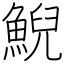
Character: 鯢